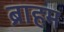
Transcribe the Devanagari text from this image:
ब्राहम